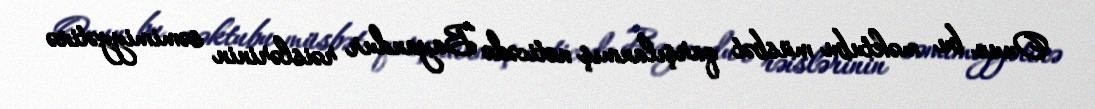
Onun bu məktubu müsbət qarşılanmış nəticədə Bayandur rəislərinin səmimiyyətinə